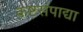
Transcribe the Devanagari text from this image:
कष्टसंपाद्या